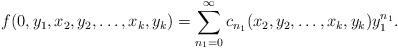
LaTeX: \begin{align*}f(0,y_1,x_2,y_2, \ldots, x_k,y_k)=\sum_{n_1=0}^{\infty}c_{n_1}(x_2,y_2,\ldots,x_k,y_k) y_1^{n_1}.\end{align*}